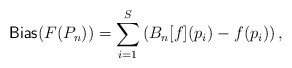
\begin{align*}\mathsf{Bias}(F(P_n)) = \sum_{i = 1}^S \left( B_n[f](p_i) - f(p_i) \right),\end{align*}